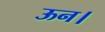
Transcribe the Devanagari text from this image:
ऊन।